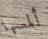
ألمسها